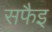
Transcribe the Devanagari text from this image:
सफैइ